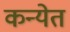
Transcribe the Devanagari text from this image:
कन्येत